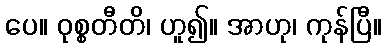
ပေ။ ဝုစ္စတီတိ၊ ဟူ၍။ အာဟု၊ ကုန်ပြီ။